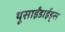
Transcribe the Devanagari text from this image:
थूसाईंडाईड्स